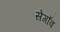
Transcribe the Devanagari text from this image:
सेगाँव